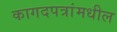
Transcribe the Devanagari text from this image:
कागदपत्रांमधील